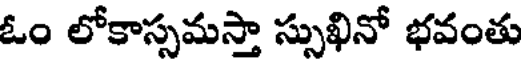
ఓం లోకాస్సమస్తా స్సుఖినో భవంతు